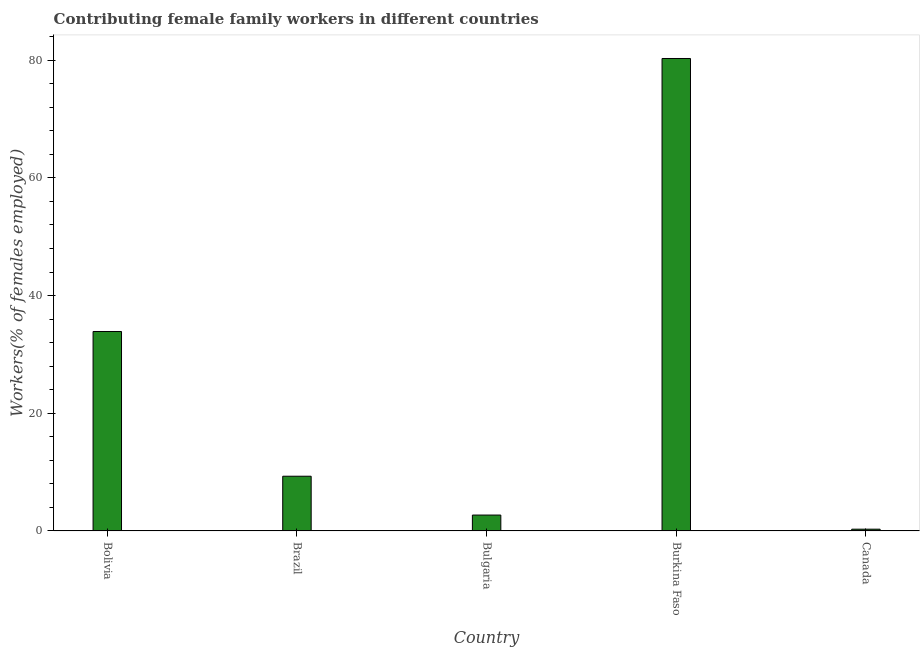
| Country | Contributing family workers |
 | --- | --- |
 | Bolivia | 33.9 |
 | Brazil | 9.3 |
 | Bulgaria | 2.7 |
 | Burkina Faso | 80.3 |
 | Canada | 0.3 |